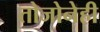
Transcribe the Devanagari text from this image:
तोजोनेही